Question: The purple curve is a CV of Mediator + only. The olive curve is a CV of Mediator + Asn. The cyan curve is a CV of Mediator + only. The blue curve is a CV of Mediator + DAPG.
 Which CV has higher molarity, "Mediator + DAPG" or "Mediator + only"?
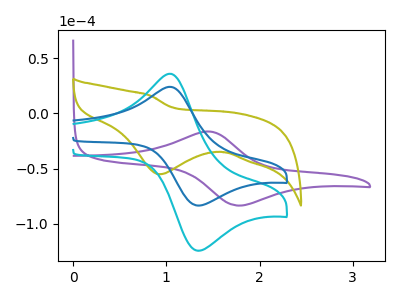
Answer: <think>The purple curve "Mediator + only" has an anodic peak at (1.45V, -16.35uA) and a cathodic peak at (1.75V, -83.65uA). The olive curve "Mediator + Asn" has a cathodic peak at: (0.95V, -55.20uA). The cyan curve "Mediator + only" has an anodic peak at (1.05V, 36.00uA) and a cathodic peak at (1.35V, -124.75uA). The blue curve "Mediator + DAPG" has an anodic peak at (1.05V, 24.15uA) and a cathodic peak at (1.35V, -83.70uA).
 All the peaks in "Mediator + DAPG" have a peak in "Mediator + only" at the same potential. Every peak in "Mediator + DAPG" is lower than every peak in "Mediator + only".</think>
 <answer>"Mediator + DAPG" has less signal than "Mediator + only" and so likely has a lower concentration.</answer>
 <eval>less_concentration</eval>